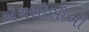
એચસીસીબી